Cholera in India, 1862 to 1881
Year: 1862
Disease focus: Cholera
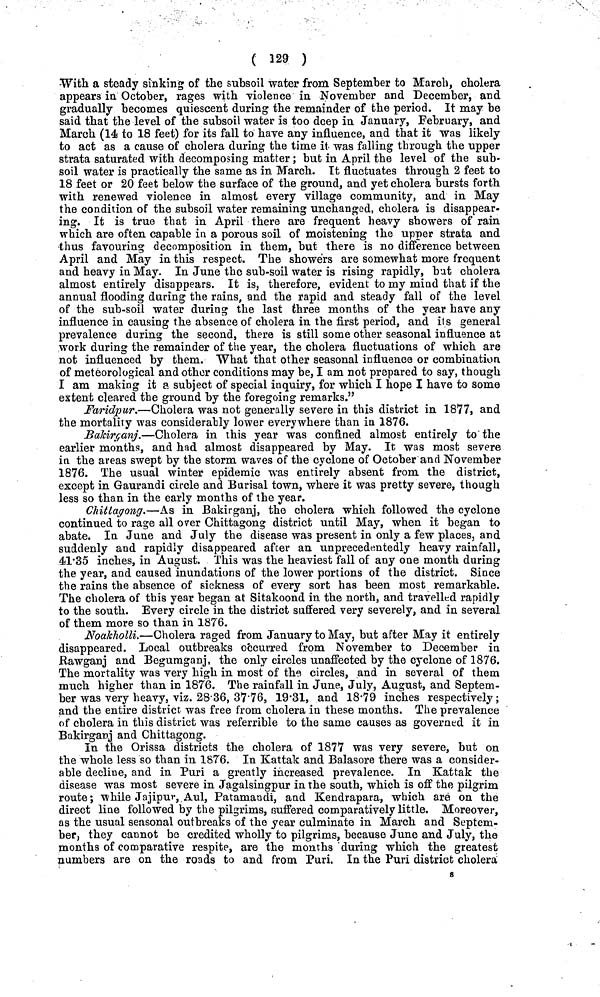
( 129 )
With a steady sinking of the subsoil water from September to March, cholera
appears in October, rages with violence in November and December, and
gradually becomes quiescent during the remainder of the period. It may be
said that the level of the subsoil water is too deep in January, February, and
March (14 to 18 feet) for its fall to have any influence, and that it was likely
to act as a cause of cholera during the time it- was falling through the upper
strata saturated with decomposing matter; but in April the level of the sub-
soil water is practically the same as in March. It fluctuates through 2 feet to
18 feet or 20 feet below the surface of the ground, and yet cholera bursts forth
with renewed violence in almost every village community, and in May
the condition of the subsoil water remaining unchanged, cholera is disappear-
ing. It is true that in April there are frequent heavy showers of rain
which are often capable in a porous soil of moistening the upper strata and
thus favouring decomposition in them, but there is no difference between
April and May in this respect. The showers are somewhat more frequent
and heavy in May. In June the sub-soil water is rising rapidly, but cholera
almost entirely disappears. It is, therefore, evident to my mind that if the
annual flooding daring the rains, and the rapid and steady fall of the level
of the sub-soil water during the last three months of the year have any
influence in causing the absence of cholera in the first period, and it's general
prevalence during the second, there is still some other seasonal influence at
work during the remainder of the year, the cholera fluctuations of which are
not influenced by them. What that other seasonal influence or combination
of meteorological and other conditions may be, I am not prepared to say, though
I am making it a subject of special inquiry, for which I hope I have to some
extent cleared the ground by the foregoing remarks."
Faridpur.—Cholera was not generally severe in this district in 1877, and
the mortality was considerably lower everywhere than in 1876.
Bakirganj.—Cholera in this year was confined almost entirely to the
earlier months, and had almost disappeared by May. It was most severe
in the areas swept by the storm waves of the cyclone of October and November
1876. The usual winter epidemic was entirely absent from the district,
except in Gaurandi circle and Burisal town, where it was pretty severe, though
less so than in the early months of the year.
Chittagong.—As in Bakirganj, the cholera which followed the cyclone
continued to rage all over Chittagong district until May, when it began to
abate. In June and July the disease was present in only a few places, and
suddenly and rapidly disappeared after an unprecedentedly heavy rainfall,
41·35 inches, in August. This was the heaviest fall of any one month during
the year, and caused inundations of the lower portions of the district. Since
the rains the absence of sickness of every sort has been most remarkable.
The cholera of this year began at Sitakoond in the north, and travelled rapidly
to the south. Every circle in the district suffered very severely, and in several
of them more so than in 1876.
Noakholli.—Cholera raged from January to May, but after May it entirely
disappeared. Local outbreaks occurred from November to December in
The mortality was very high in most of the circles, and in several of them
much higher than in 1876. The rainfall in June, July, August, and Septem-
ber was very heavy, viz. 28·36, 37·76, 19·31, and 18·79 inches respectively;
and the entire district was free from cholera in these months. The prevalence
of cholera in this district was referrible to the same causes as governed it in
Bakirganj and Chittagong.
In the Orissa districts the cholera of 1877 was very severe, but on
the whole less so than in 1876. In Kattak and Balasore there was a consider-
able decline, and in Puri a greatly increased prevalence. In Kattak the
disease was most severe in Jagalsingpur in the south, which is off the pilgrim
route; while Jajipur,Aul, Patamandi, and Kendrapara, which are on the
direct line followed by the pilgrims, suffered comparatively little. Moreover,
as the usual seasonal outbreaks of the year culminate in March and Septem-
ber, they cannot be credited wholly to pilgrims, because June and July, the
months of comparative respite, are the months during which the greatest
numbers are on the roads to and from Puri. In the Puri district cholera
8